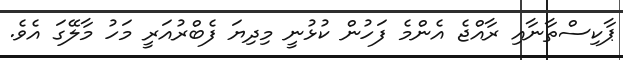
ޕާކިސްތާނާއި ރާއްޖެ އެންމެ ފަހުން ކުޅުނީ މިދިޔަ ފެބްރުއަރީ މަހު މާލޭގަ އެވެ.